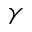
\gamma